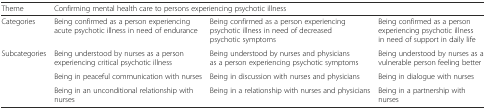
<table><thead><tr><td><b>Theme</b></td><td colspan="3"><b>Confirming mental health care to persons experiencing psychotic illness</b></td></tr></thead><tbody><tr><td>Categories</td><td>Being confirmed as a person experiencing acute psychotic illness in need of endurance</td><td>Being confirmed as a person experiencing psychotic illness in need of decreased psychotic symptoms</td><td>Being confirmed as a person experiencing psychotic illness in need of support in daily life</td></tr><tr><td rowspan="3">Subcategories</td><td>Being understood by nurses as a person experiencing critical psychotic illness</td><td>Being understood by nurses and physicians as a person experiencing psychotic symptoms</td><td>Being understood by nurses as a vulnerable person feeling better</td></tr><tr><td>Being in peaceful communication with nurses</td><td>Being in discussion with nurses and physicians</td><td>Being in dialogue with nurses</td></tr><tr><td>Being in an unconditional relationship with nurses</td><td>Being in a relationship with nurses and physicians</td><td>Being in a partnership with nurses</td></tr></tbody></table>